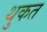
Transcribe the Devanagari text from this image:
थुकत